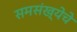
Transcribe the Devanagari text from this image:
समसंख्येचे